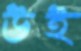
উই